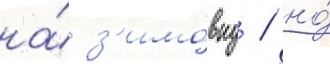
на́ з'имо́вку / но́